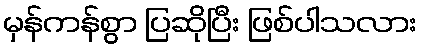
မှန်ကန်စွာ ပြဆိုပြီး ဖြစ်ပါသလား